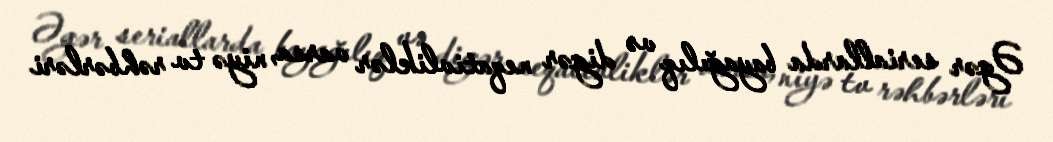
Əgər seriallarda bayağılıq və digər neqativliklər varsa, niyə tv rəhbərləri